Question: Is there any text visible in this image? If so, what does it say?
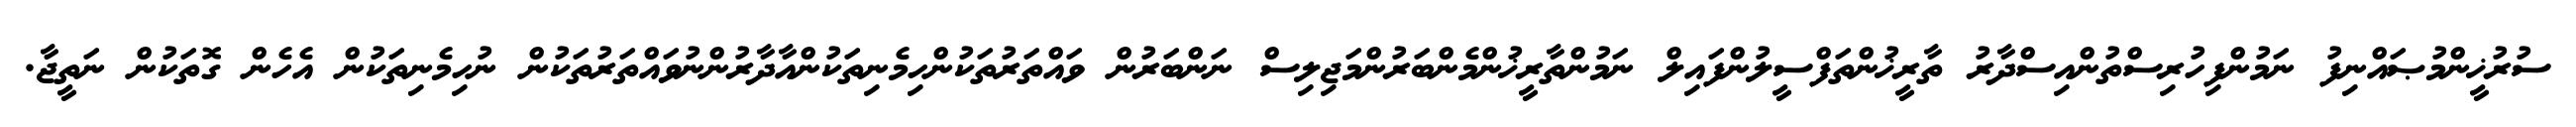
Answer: ސުރުޚީންމުޞައްނިފު ނަމުންފިހުރިސްތުންއިސްދާރު ތާރީޚުންތަފްސީލުންފައިލް ނަމުންތާރީޚުންމެންބަރުންމަޖިލިސް ނަންބަރުން ވައްތަރުތަކުންހިމެނިތަކުންއާދާރުންނުވައްތަރުތަކުން ނުހިމެނިތަކުން އެހެން ގޮތަކުން ނަތީޖާ.